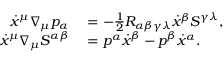
\begin{array} { r l } { \dot { x } ^ { \mu } \nabla _ { \mu } p _ { \alpha } } & { { } = - \frac { 1 } { 2 } R _ { \alpha \beta \gamma \lambda } \dot { x } ^ { \beta } S ^ { \gamma \lambda } , } \\ { \dot { x } ^ { \mu } \nabla _ { \mu } S ^ { \alpha \beta } } & { { } = p ^ { \alpha } \dot { x } ^ { \beta } - p ^ { \beta } \dot { x } ^ { \alpha } . } \end{array}